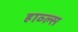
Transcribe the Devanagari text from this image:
हाव्ल्स